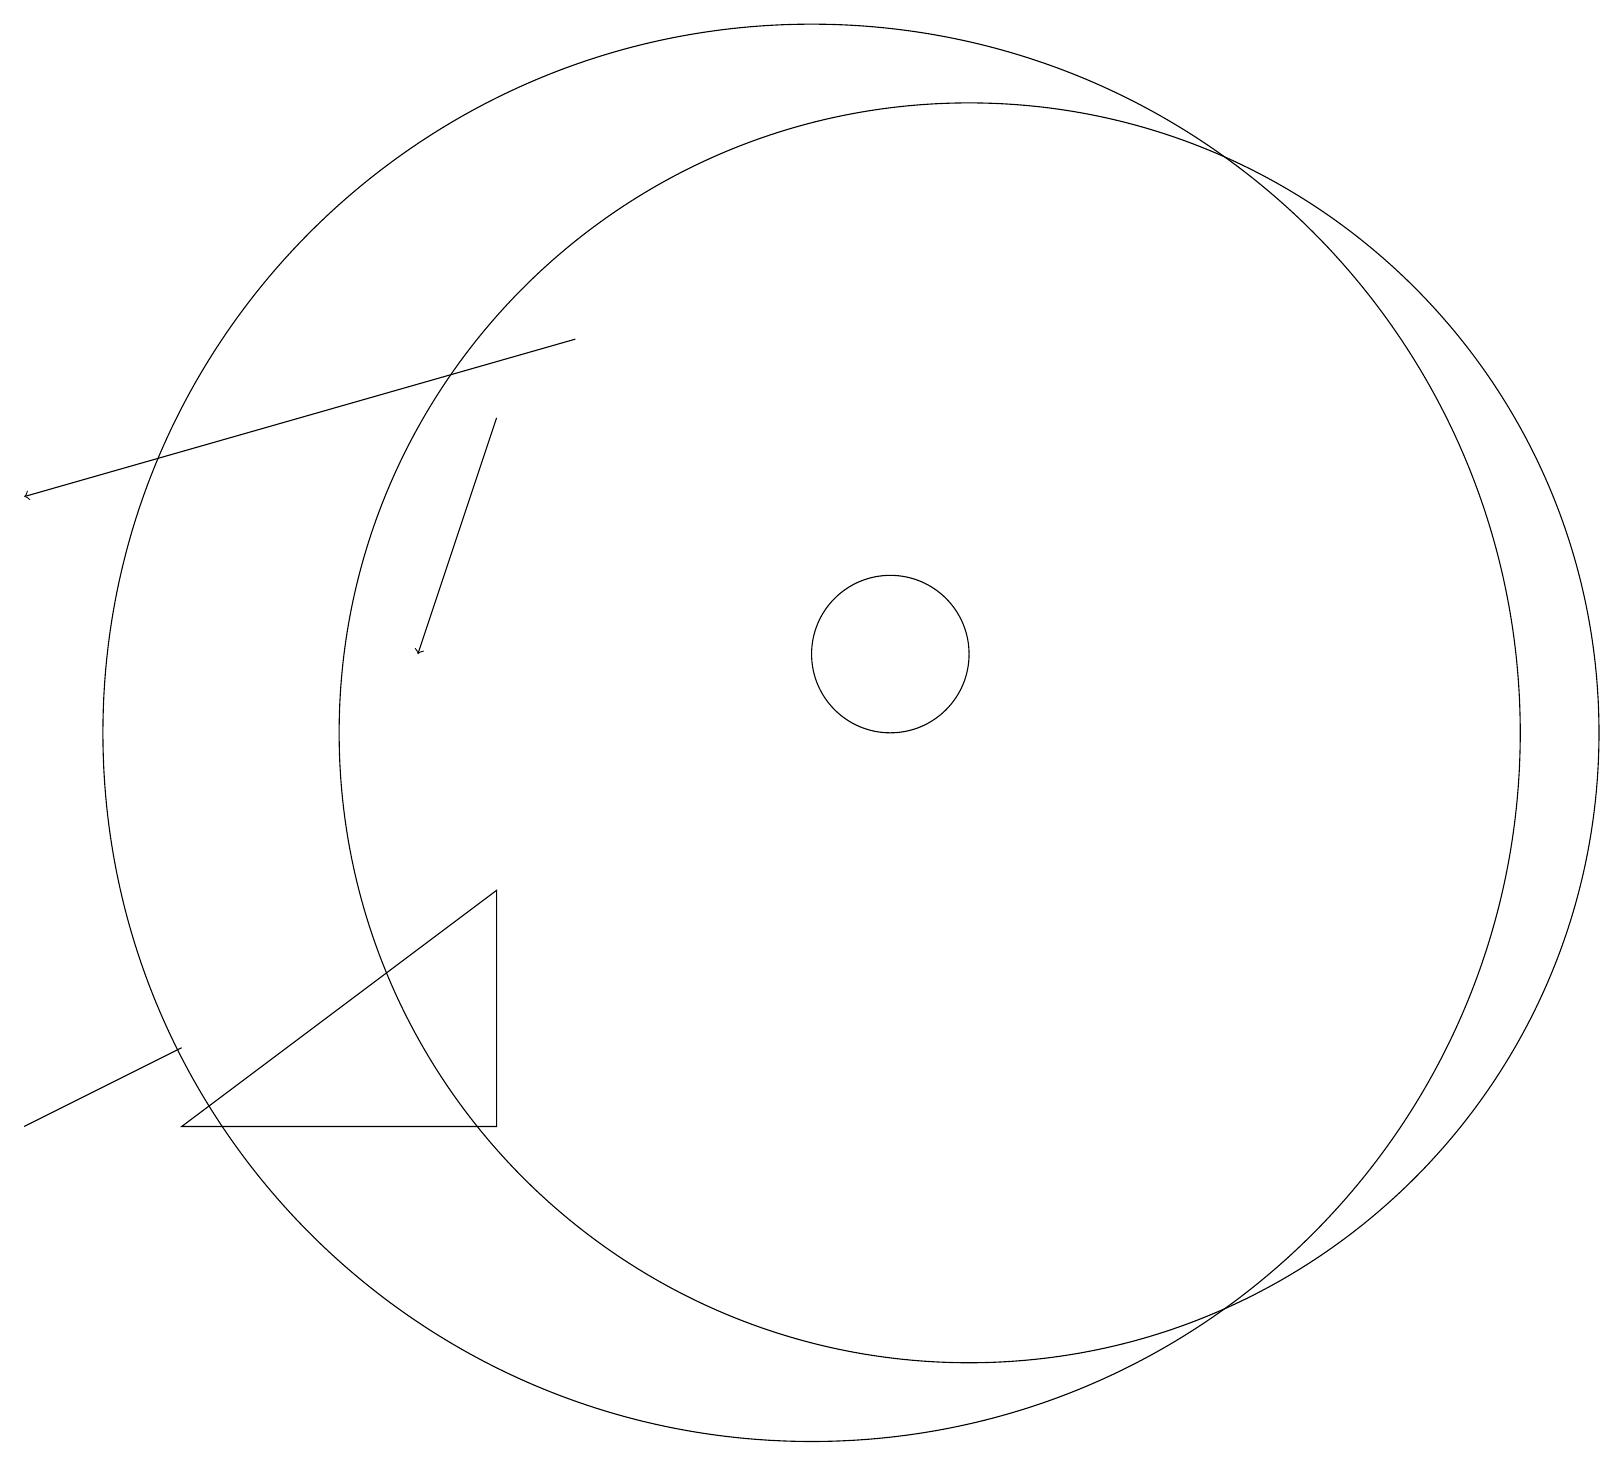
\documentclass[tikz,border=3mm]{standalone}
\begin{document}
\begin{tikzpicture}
\draw (10,11) circle (9);
\draw (11,12) circle (1);
\draw[->] (6,15) -- (5,12);
\draw (0,6) -- (2,7) -- (2,7) -- cycle;
\draw (12,11) circle (8);
\draw[->] (7,16) -- (0,14);
\draw (6,6) -- (2,6) -- (6,9) -- cycle;
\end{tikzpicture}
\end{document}